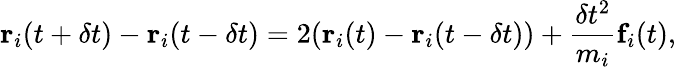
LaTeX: \textbf{r}_{i}(t+\delta t)-\textbf{r}_{i}(t-\delta t)=2(\textbf{r}_{i}(t)-\textbf{r}_{i}(t-\delta t))+\frac{\delta t^{2}}{m_{i}}\textbf{f}_{i}(t),